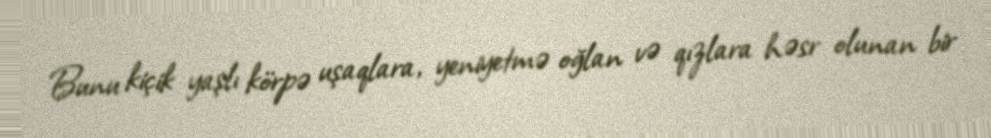
Bunu kiçik yaşlı körpə uşaqlara, yeniyetmə oğlan və qızlara həsr olunan bir